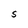
Character: S